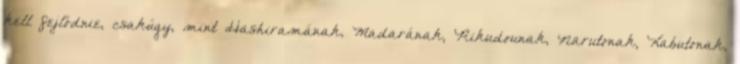
kell fejlődnie, csakúgy, mint Hashiramának, Madarának, Rikudounak, Narutonak, Kabutonak,